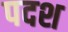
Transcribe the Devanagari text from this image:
पदश